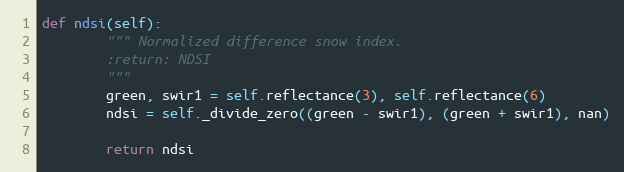
Language: Python
def ndsi(self):
        """ Normalized difference snow index.
        :return: NDSI
        """
        green, swir1 = self.reflectance(3), self.reflectance(6)
        ndsi = self._divide_zero((green - swir1), (green + swir1), nan)

        return ndsi